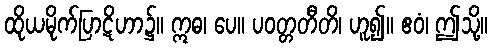
ထိုယမိုက်ပြာဋိဟာ၌။ ဣဓ၊ ပေ။ ပဝတ္တတီတိ၊ ဟူ၍။ ဧဝံ၊ ဤသို့။